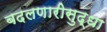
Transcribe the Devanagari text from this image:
बदलणारीसुद्धा